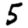
Digit: 5